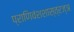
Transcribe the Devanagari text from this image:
प्राणिवंशशास्त्रज्ञ